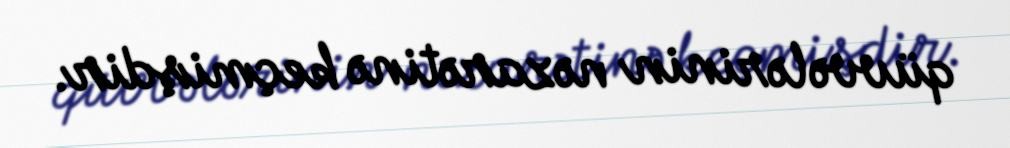
qüvvələrinin nəzarətinə keçmişdir.